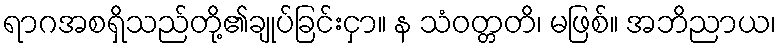
ရာဂအစရှိသည်တို့၏ချုပ်ခြင်းငှာ။ န သံဝတ္တတိ၊ မဖြစ်။ အဘိညာယ၊